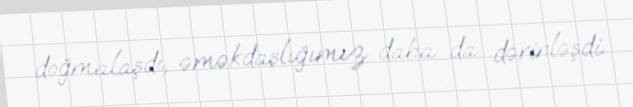
doğmalaşdı, əməkdaşlığımız daha da dərinləşdi.